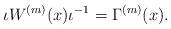
LaTeX: \begin{align*}\iota W^{(m)}(x) \iota^{-1}=\Gamma^{(m)}(x).\end{align*}